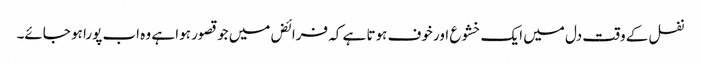
نفل کے وقت دل میں ایک خشوع اور خوف ہوتا ہے کہ فرائض میں جو قصور ہوا ہے وہ اب پورا ہو جائے۔